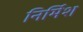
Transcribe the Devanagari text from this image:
निर्मिश